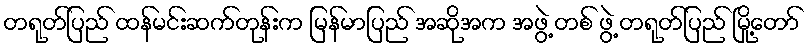
တရုတ်ပြည် ထန်မင်းဆက်တုန်းက မြန်မာပြည် အဆိုအက အဖွဲ့ တစ် ဖွဲ့ တရုတ်ပြည် မြို့တော်